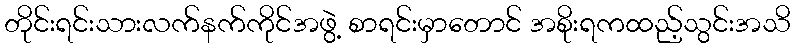
တိုင်းရင်းသားလက်နက်ကိုင်အဖွဲ့ စာရင်းမှာတောင် အစိုးရကထည့်သွင်းအသိ